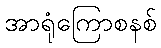
အာရုံကြောစနစ်